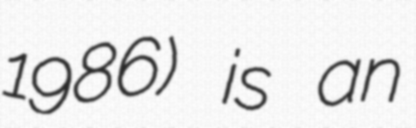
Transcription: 1986) is an